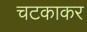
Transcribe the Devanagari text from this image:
चटकाकर